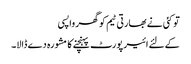
تو کئی نے بھارتی ٹیم کو گھر واپسی
کےلئے ائیر پورٹ پہنچنے کا مشورہ دے ڈالا۔